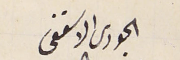
الحورى الاسقفى